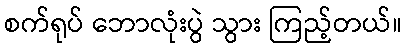
စက်ရုပ် ဘောလုံးပွဲ သွား ကြည့်တယ်။